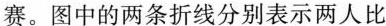
赛。图中的两条折线分别表示两人比